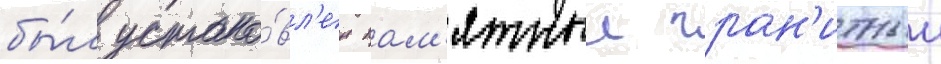
бы́л устано́вл'ен пам'ятныи гран'итныи